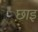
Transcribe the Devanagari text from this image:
छाइ